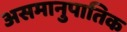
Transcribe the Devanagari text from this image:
असमानुपातिक